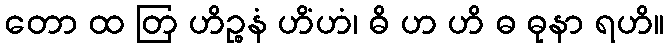
တော ထ တြ ဟိဉ္စနံ ဟိံဟံ၊ ဓိ ဟ ဟိ ဓ ဓုနာ ရဟိ။